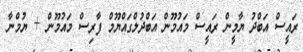
ރައީސް އަބްދު ޔާމީން ރައީސް މައުމޫން އަބްދުލްގައްޔޫމް ފާރިސް މައުމޫން + ޔުމްނާ